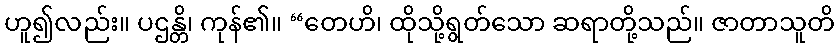
ဟူ၍လည်း။ ပဌန္တိ၊ ကုန်၏။ “တေဟိ၊ ထိုသို့ရွတ်သော ဆရာတို့သည်။ ဇာတာသူတိ